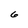
Character: 6